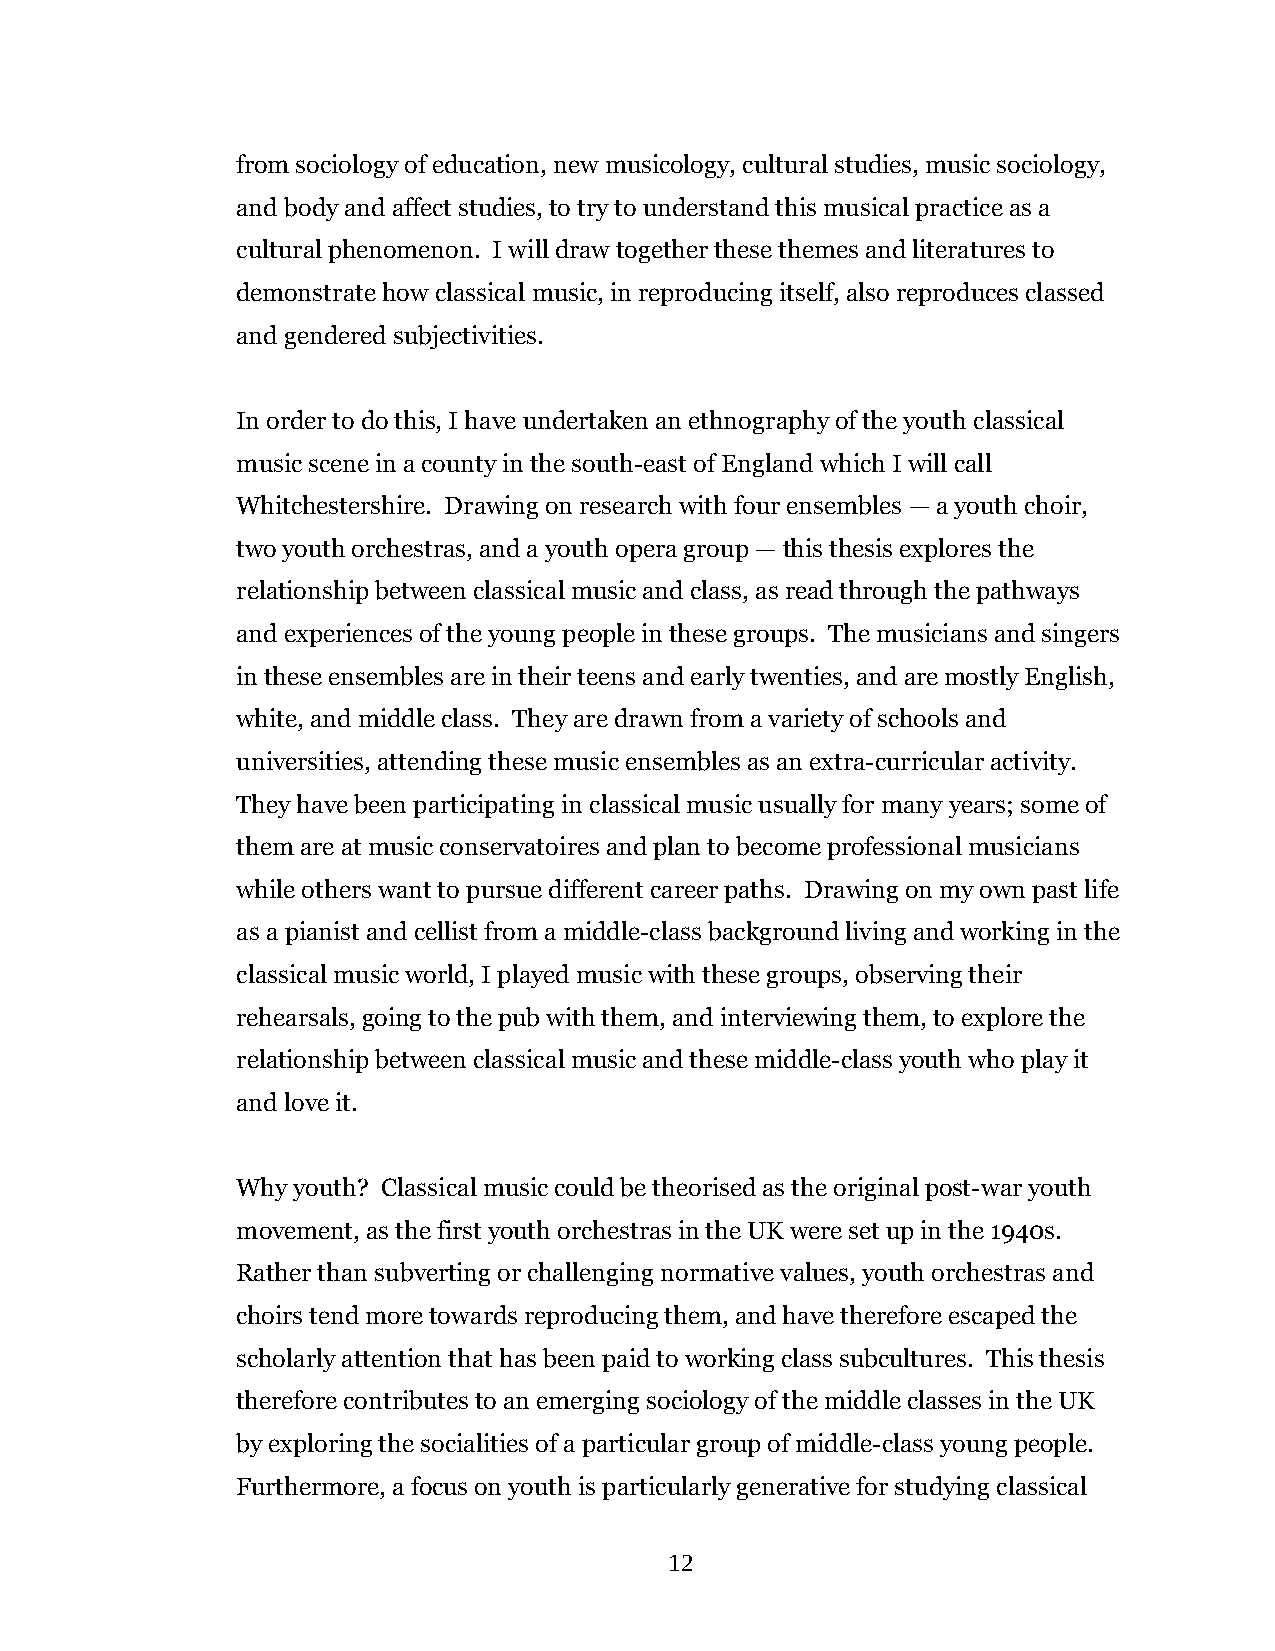
from sociology of education, new musicology, cultural studies, music sociology,
 and body and affect studies, to try to understand this musical practice as a
 cultural phenomenon. I will draw together these themes and literatures to
 demonstrate how classical music, in reproducing itself, also reproduces classed
 and gendered subjectivities.
 In order to do this, I have undertaken an ethnography of the youth classical
 music scene in a county in the south-east of England which I will call
 Whitchestershire. Drawing on research with four ensembles — a youth choir,
 two youth orchestras, and a youth opera group — this thesis explores the
 relationship between classical music and class, as read through the pathways
 and experiences of the young people in these groups. The musicians and singers
 in these ensembles are in their teens and early twenties, and are mostly English,
 white, and middle class. They are drawn from a variety of schools and
 universities, attending these music ensembles as an extra-curricular activity.
 They have been participating in classical music usually for many years; some of
 them are at music conservatoires and plan to become professional musicians
 while others want to pursue different career paths. Drawing on my own past life
 as a pianist and cellist from a middle-class background living and working in the
 classical music world, I played music with these groups, observing their
 rehearsals, going to the pub with them, and interviewing them, to explore the
 relationship between classical music and these middle-class youth who play it
 and love it.
 Why youth? Classical music could be theorised as the original post-war youth
 movement, as the first youth orchestras in the UK were set up in the 1940s.
 Rather than subverting or challenging normative values, youth orchestras and
 choirs tend more towards reproducing them, and have therefore escaped the
 scholarly attention that has been paid to working class subcultures. This thesis
 therefore contributes to an emerging sociology of the middle classes in the UK
 by exploring the socialities of a particular group of middle-class young people.
 Furthermore, a focus on youth is particularly generative for studying classical
 12